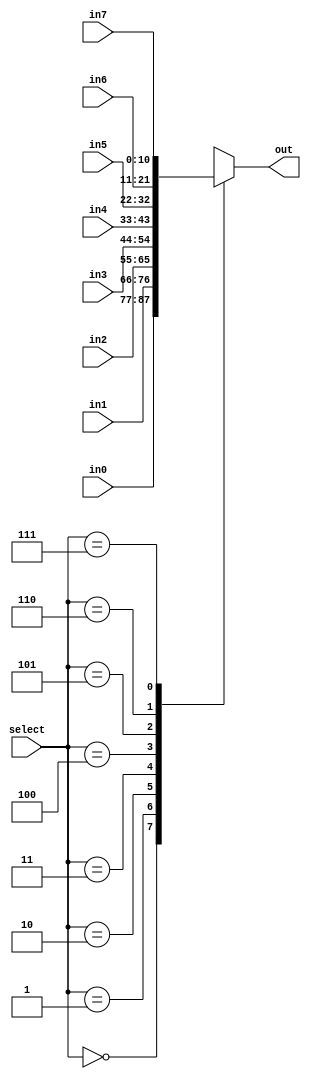
`timescale 1ns/1ps
/*
 * Address Multiplexer (8:1)
 * 0: learnCost
 * 1: amISink
 * 2: fixSinkList
 * 3: neighborSinkInOtherCluster
 * 4: findMyBest
 * 5: betterNeighborsInMyCluster
 * 6: winnerPolicy
 * 7: selectMyAction
 */

module mux_11bit(select, out, in0, in1, in2, in3, in4, in5, in6, in7);
	input[2:0] select;
	input[10:0] in0, in1, in2, in3, in4, in5, in6, in7;
	output[10:0] out;

	reg [10:0] out_buf;

	always @(*) begin
		case(select)
			0 : out_buf = in0;
			1 : out_buf = in1;
			2 : out_buf = in2;
			3 : out_buf = in3;
			4 : out_buf = in4;
			5 : out_buf = in5;
			6 : out_buf = in6;
			7 : out_buf = in7;
		endcase
	end
	assign out = out_buf;
endmodule